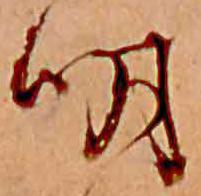
明